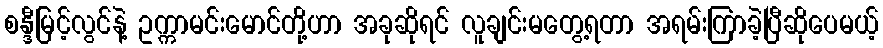
စန္ဒီမြင့်လွင်နဲ့ ဥက္ကာမင်းမောင်တို့ဟာ အခုဆိုရင် လူချင်းမတွေ့ရတာ အရမ်းကြာခဲ့ပြီဆိုပေမယ့်